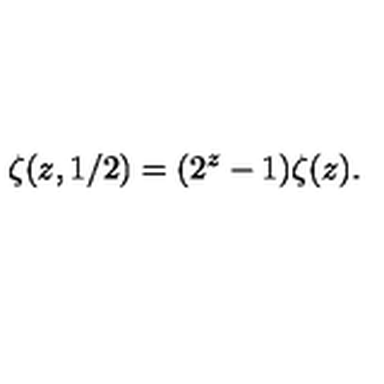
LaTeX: \zeta ( z , 1 / 2 ) = ( 2 ^ { z } - 1 ) \zeta ( z ) .